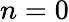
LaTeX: n=0